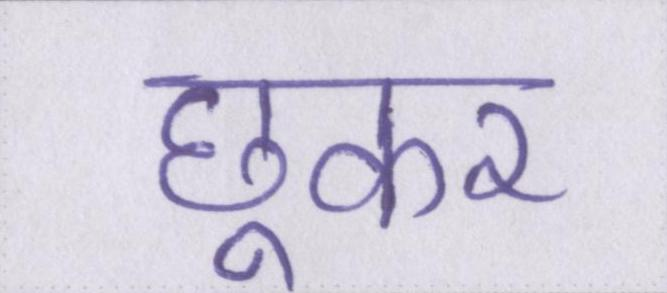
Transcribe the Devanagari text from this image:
छूकर